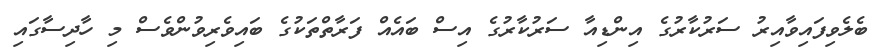
ބެލެވިފައިވާއިރު ސަރުކާރުގެ އިންޑިއާ ސަރުކާރުގެ އިސް ބައެއް ފަރާތްތަކުގެ ބައިވެރިވުންވެސް މި ހާދިސާގައި